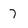
Character: 7